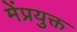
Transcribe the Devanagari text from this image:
मेंप्रयुक्त